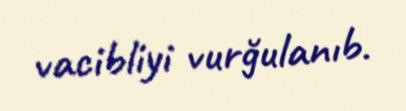
vacibliyi vurğulanıb.